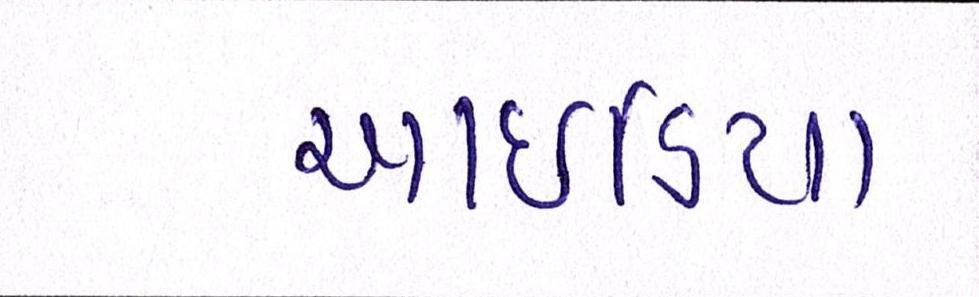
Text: આઇડિયા